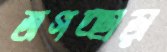
জগচ্ছাড়া